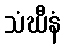
သံဃီနံ